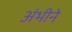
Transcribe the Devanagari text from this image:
अंभीने